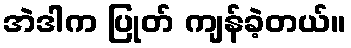
အဲဒါက ပြုတ် ကျန်ခဲ့တယ်။